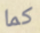
كما